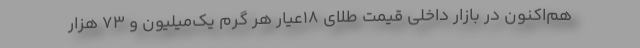
هم‌اکنون در بازار داخلی قیمت طلای 18عیار هر گرم یک‌میلیون و 73 هزار